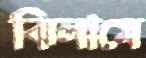
ঝিলামে